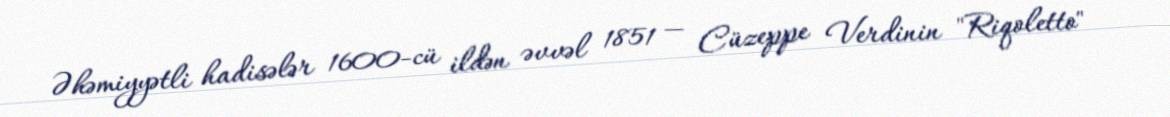
Əhəmiyyətli hadisələr 1600-cü ildən əvvəl 1851 — Cüzeppe Verdinin "Riqoletto"